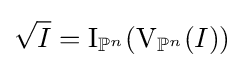
{\sqrt {I}}=\operatorname {I} _{\mathbb {P} ^{n}}(\operatorname {V} _{\mathbb {P} ^{n}}(I))